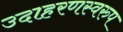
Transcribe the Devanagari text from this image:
उदाहरणस्‍वरुप